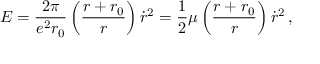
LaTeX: E = { \frac { 2 \pi } { e ^ { 2 } r _ { 0 } } } \left( { \frac { r + r _ { 0 } } { r } } \right) \dot { r } ^ { 2 } = { \frac { 1 } { 2 } } \mu \left( { \frac { r + r _ { 0 } } { r } } \right) \dot { r } ^ { 2 } \, ,